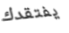
يفتقدك